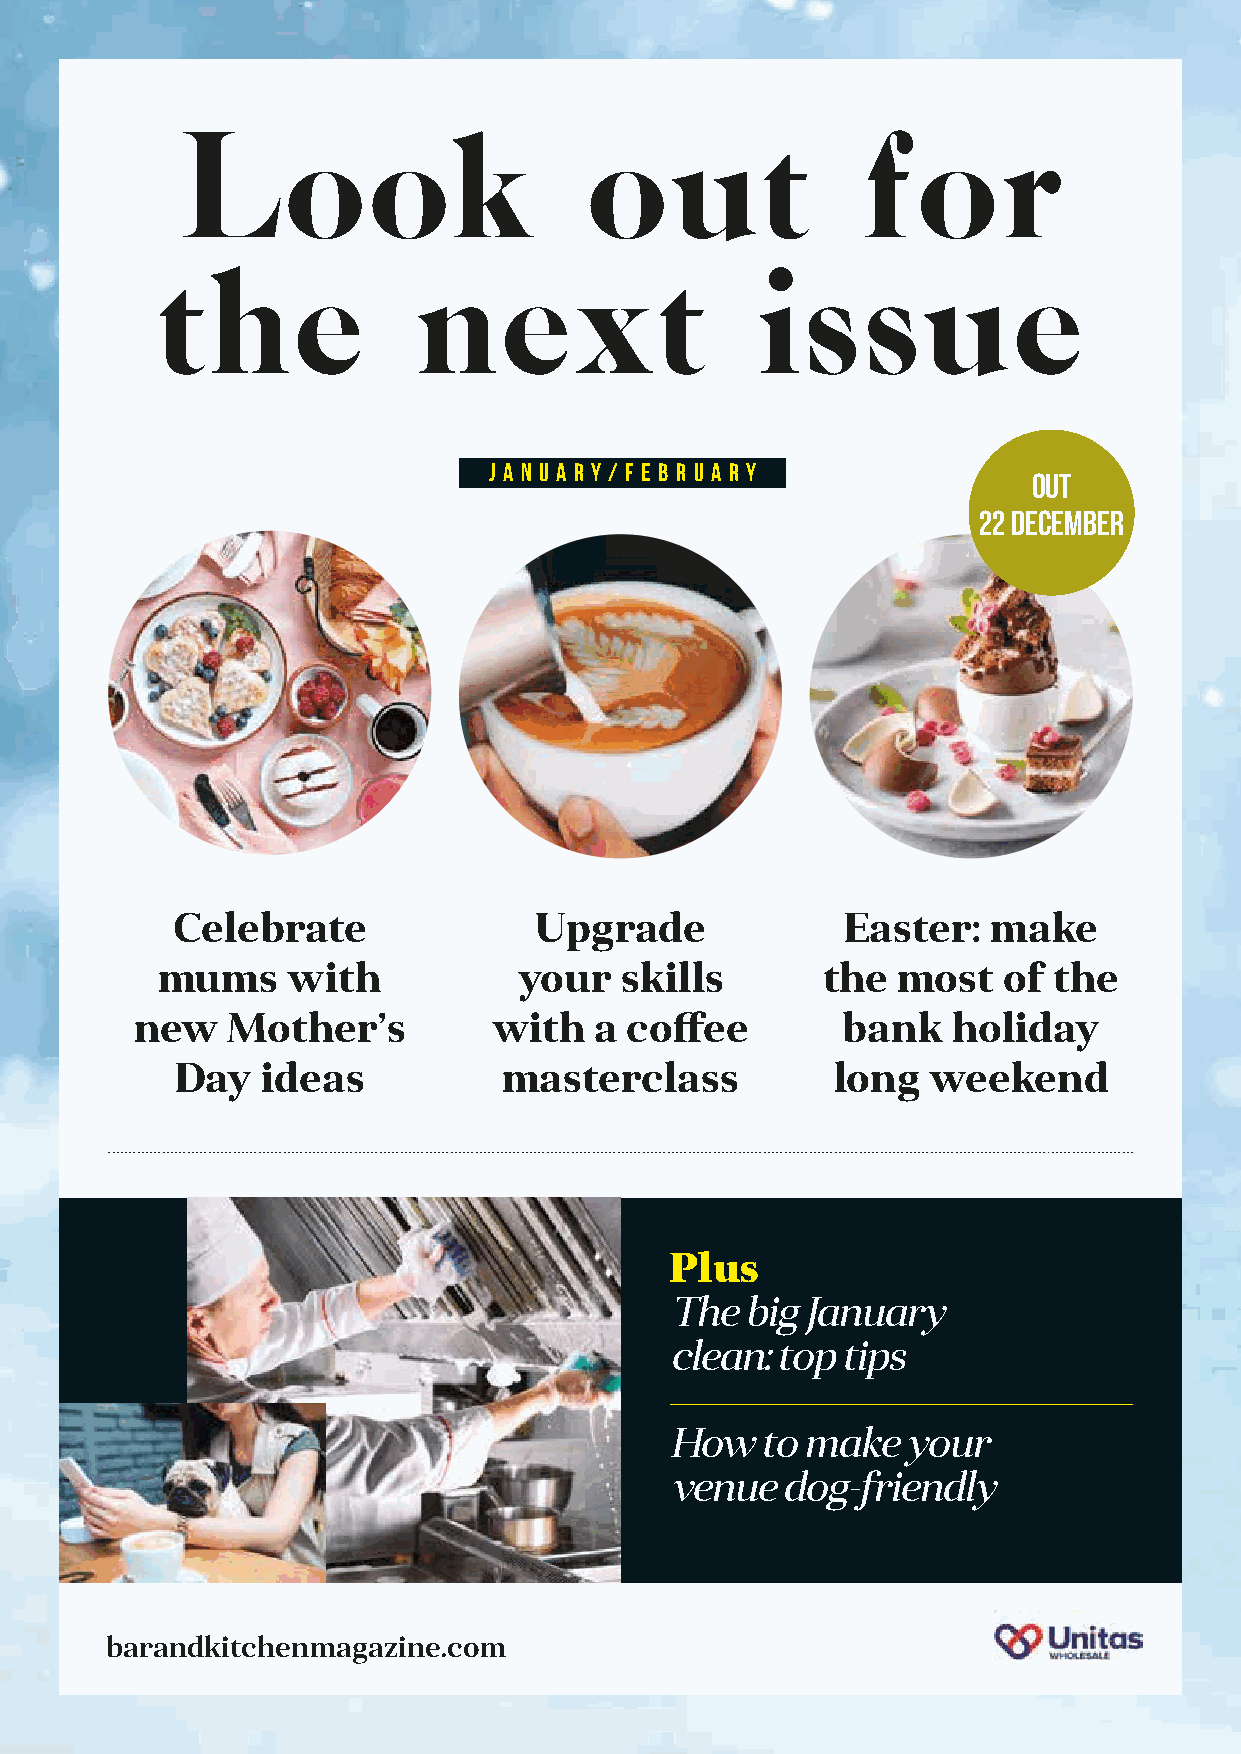
Look                       out               for
 the              next                  issue
 J a n u a r y / F e b r u a r y
 Out
 22 December
 Celebrate               Upgrade             Easter:   make
 mums    with           your   skills        the  most   of the
 new   Mother’s          with   a coff ee       bank   holiday
 Day   ideas          masterclass           long   weekend
 Plus
 The  big January
 clean: top tips
 How   to make  your
 venue  dog-friendly
 barandkitchenmagazine.com
 BB&&KK--iissssuuee--0088--pp6644--6699--VVaalleennttiinnee__IInntthheenneexxttiissssuuee--vv77 SSUUBB..iinndddd 6699 1122//1100//22002211 1155::5544